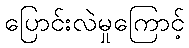
ပြောင်းလဲမှုကြောင့်